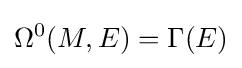
\Omega ^{0}(M,E)=\Gamma (E)